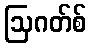
ဩဂတ်စ်